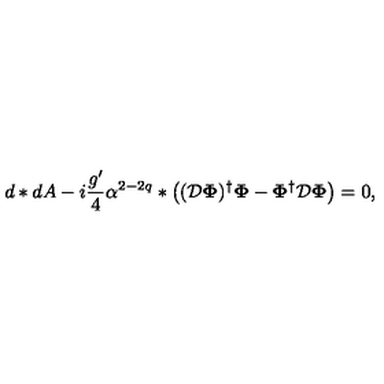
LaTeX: d * d A - i \frac { g ^ { \prime } } { 4 } \alpha ^ { 2 - 2 q } * \left( ( { \cal { D } } { \bf \Phi } ) ^ { \dagger } { \bf \Phi } - { \bf \Phi } ^ { \dagger } { \cal { D } } { \bf \Phi } \right) = 0 ,